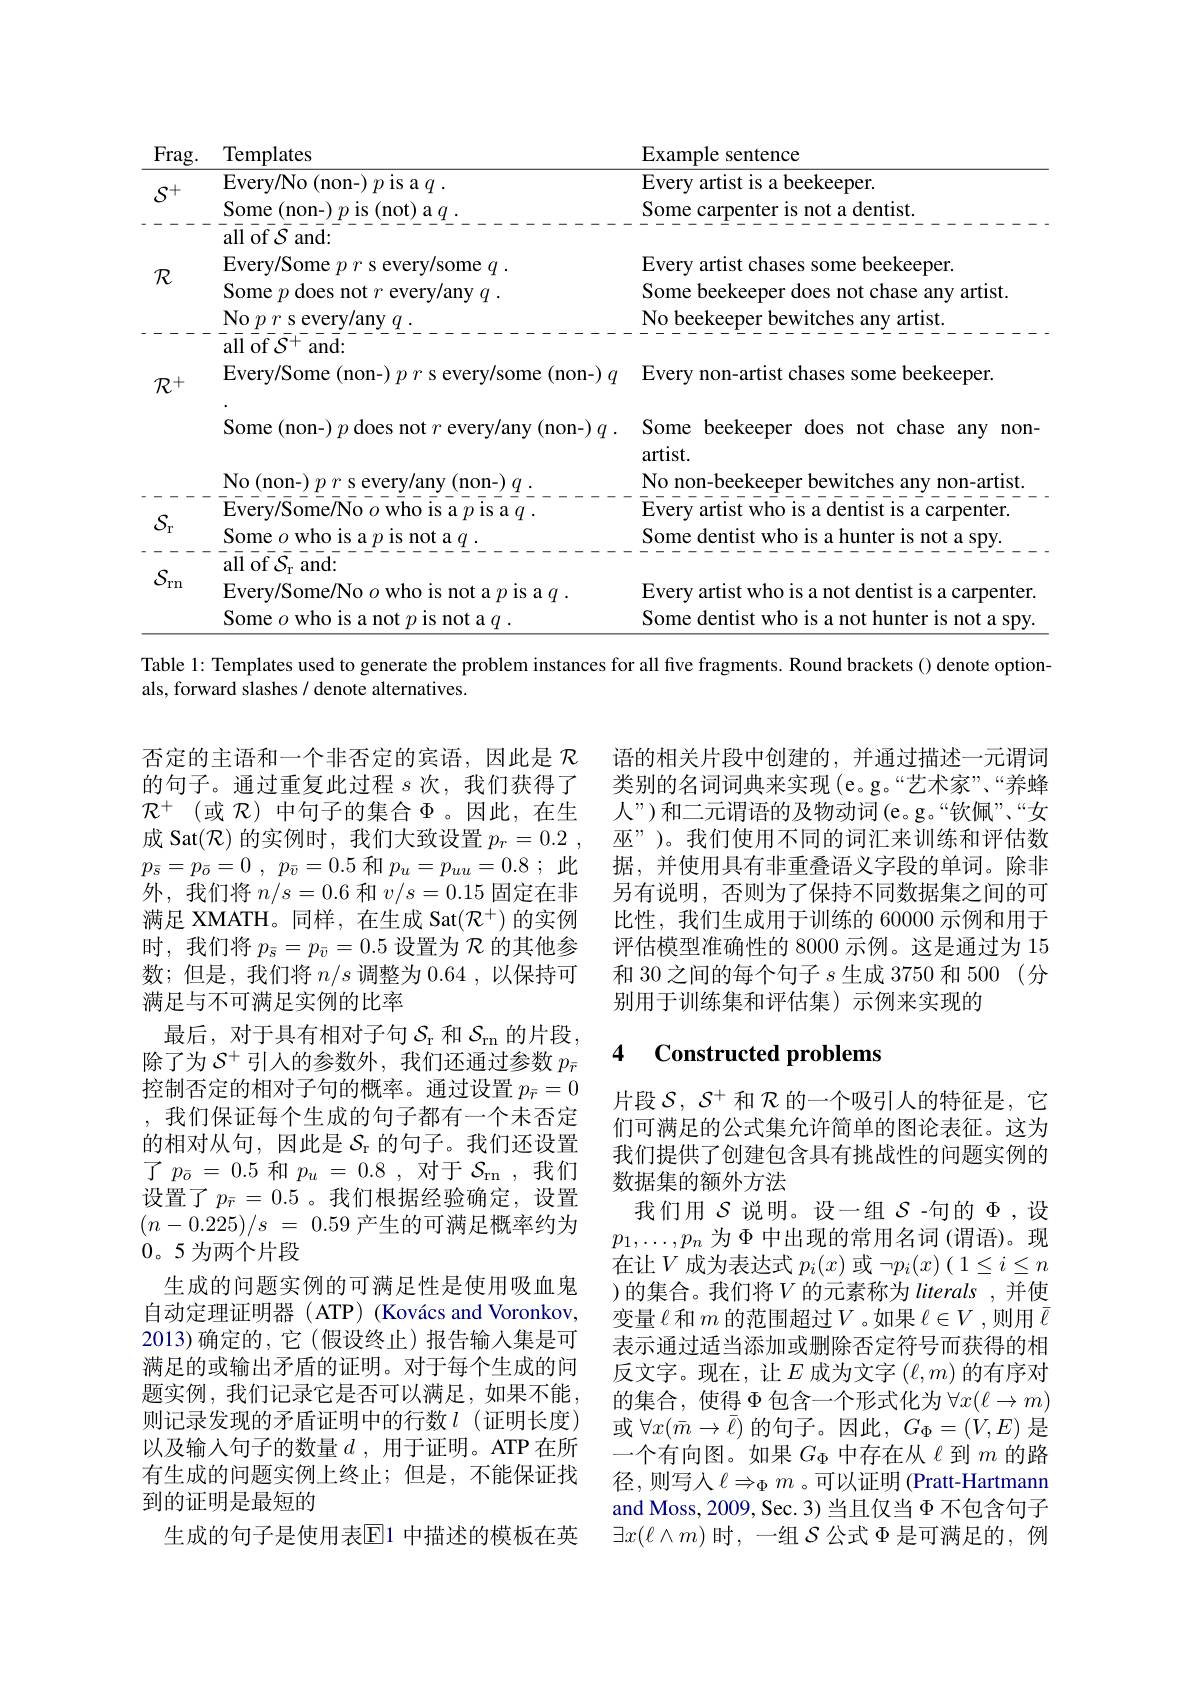
<table>
	<tbody>
		<tr>
			<th>Frag.</th>
			<th>Templates</th>
			<th>Example s sentence</th>
		</tr>
		<tr>
			<td>$S^{+}$</td>
			<td>Every/ No ( non- ) $p$ is a $q.$ $\mathbf{v}_{\mathrm{om}\sigma}$ $n_{\mathrm{on}}$ 1/2</td>
			<td>Every artist is a beekeeper. $\mathbf{S}_{\mathrm{ome}}$ $|_{\mathrm{enticf}}$</td>
		</tr>
		<tr>
			<td>$k$</td>
			<td>Some $p$ does not $r$ every/any $q.$ No $pr$ s every/any $q.$</td>
			<td>Some beekeeper does not chase any artist. No beekeeper bewitches any artist.</td>
		</tr>
		<tr>
			<td rowspan="1">$S_{\mathrm{L}}$ $^{\prime }$rn</td>
			<td>${\mathrm{all~of~}\mathcal{S}_{\mathrm{r}}}$and: Every/Some/No $o$ who is not a $p$ is a $q.$ Some $o$ who is a not $p$ is not a $q.$</td>
			<td>Every artist who is a not dentist is a carpenter. Some dentist who is a not hunter is not a spy.</td>
		</tr>
	</tbody>
</table>
Table 1: Templates used to generate the problem instances for all five fragments. Round brackets() denote option-

als, forward slashes / denote alternatives.

语的相关片段中创建的，并通过描述一元谓词类别的名词词典来实现(e。g。“艺术家”、“养蜂人”)和二元谓语的及物动词(e。g。“钦佩”、“女巫”)。我们使用不同的词汇来训练和评估数据，并使用具有非重叠语义字段的单词。除非另有说明，否则为了保持不同数据集之间的可比性，我们生成用于训练的 60000 示例和用于评估模型准确性的 8000 示例。这是通过为 15和 30 之间的每个句子$s$生成 3750 和 500(分别用于训练集和评估集)示例来实现的

# 4 Constructed problems

否定的主语和一个非否定的宾语，因此是$\mathcal{R}$ 的句子。通过重复此过程$s$次，我们获得了$\mathcal{R} ^+$ (或$\mathcal{R})$中句子的集合$\Phi$ 。因此，在生成 Sat$(\mathcal{R})$的实例时，我们大致设置$p_r=0.2$ $p_{\bar{s} }= p_{\bar{o} }= 0$ , $p_{\bar{v} }= 0. 5$和$p_u= p_{uu}= 0. 8$ ;此外，我们将$n/s=0.6$和$v/s=0.15$固定在非满足 XMATH。同样，在生成 Sat$(\mathcal{R}^+)$的实例时，我们将$p_{\bar{s}}=p_{\bar{v}}=0.5$设置为$\mathcal{R}$的其他参数；但是，我们将$n/s$调整为0.64,以保持可满足与不可满足实例的比率
最后，对于具有相对子句$\mathcal{S}_\mathrm{r}$和$\mathcal{S}_\mathrm{rn}$的片段除了为$S^+$引人的参数外，我们还通过参数$p_{\bar{r}}$ 控制否定的相对子句的概率。通过设置$p_{\bar{r}}=0$ ,我们保证每个生成的句子都有一个未否定的相对从句，因此是$\mathcal{S}_\mathrm{r}$的句子。我们还设置了$p_{\bar{o}}=0.5$ 和$p_u=0.8$,对于$\mathcal{S}_\mathrm{rn}$,我们设置了$p_{\bar{r}}=0.5$。我们根据经验确定，设置$( n- 0. 225) / s$ = 0.59 产生的可满足概率约为0。5为两个片段
生成的问题实例的可满足性是使用吸血鬼自动定理证明器( ATP) (Kovács and Voronkov, 2013)确定的，它(假设终止)报告输入集是可满足的或输出矛盾的证明。对于每个生成的问题实例，我们记录它是否可以满足，如果不能， 则记录发现的矛盾证明中的行数$l$(证明长度) 以及输入句子的数量$d$ ,用于证明。ATP 在所有生成的问题实例上终止；但是，不能保证找到的证明是最短的
生成的句子是使用表$\Xi$1 中描述的模板在英

片段$\mathcal{S},\mathcal{S}^+$和$\mathcal{R}$的一个吸引人的特征是，它们可满足的公式集允许简单的图论表征。这为我们提供了创建包含具有挑战性的问题实例的数据集的额外方法
我们用$S$ 说明。设一组$S$-句的$\Phi$,设$p_1,\ldots,p_n$ 为$\Phi$ 中出现的常用名词 (谓语)。现在让$V$成为表达式 $p_i(x)$ 或 $\neg p_i(x)(1\leq i\leq n$ )的集合。我们将$V$ 的元素称为 literals ,并使变量$\ell$和$m$的范围超过$V$ 。如果$\ell\in V$ ,则用$\bar{\ell}$ 表示通过适当添加或删除否定符号而获得的相反文字。现在，让$E$成为文字$(\ell,m)$的有序对的集合，使得$\underline\Phi$包含一个形式化为 $\forall x(\ell\to m)$ 或$\forall x(\bar{m}\to\bar{\ell})$的句子。因此$,G_\Phi=(V,E)$是一个有向图。如果$G_\Phi$中存在从$\ell$到$m$的路径，则写人$\ell\Rightarrow_\Phi m$ 。可以证明 (Pratt-Hartmann and Moss, 2009, Sec. 3) 当且仅当$\Phi$不包含句子$\exists x(\ell\wedge m)$时，一组$\mathcal{S}$公式$\Phi$是可满足的，例